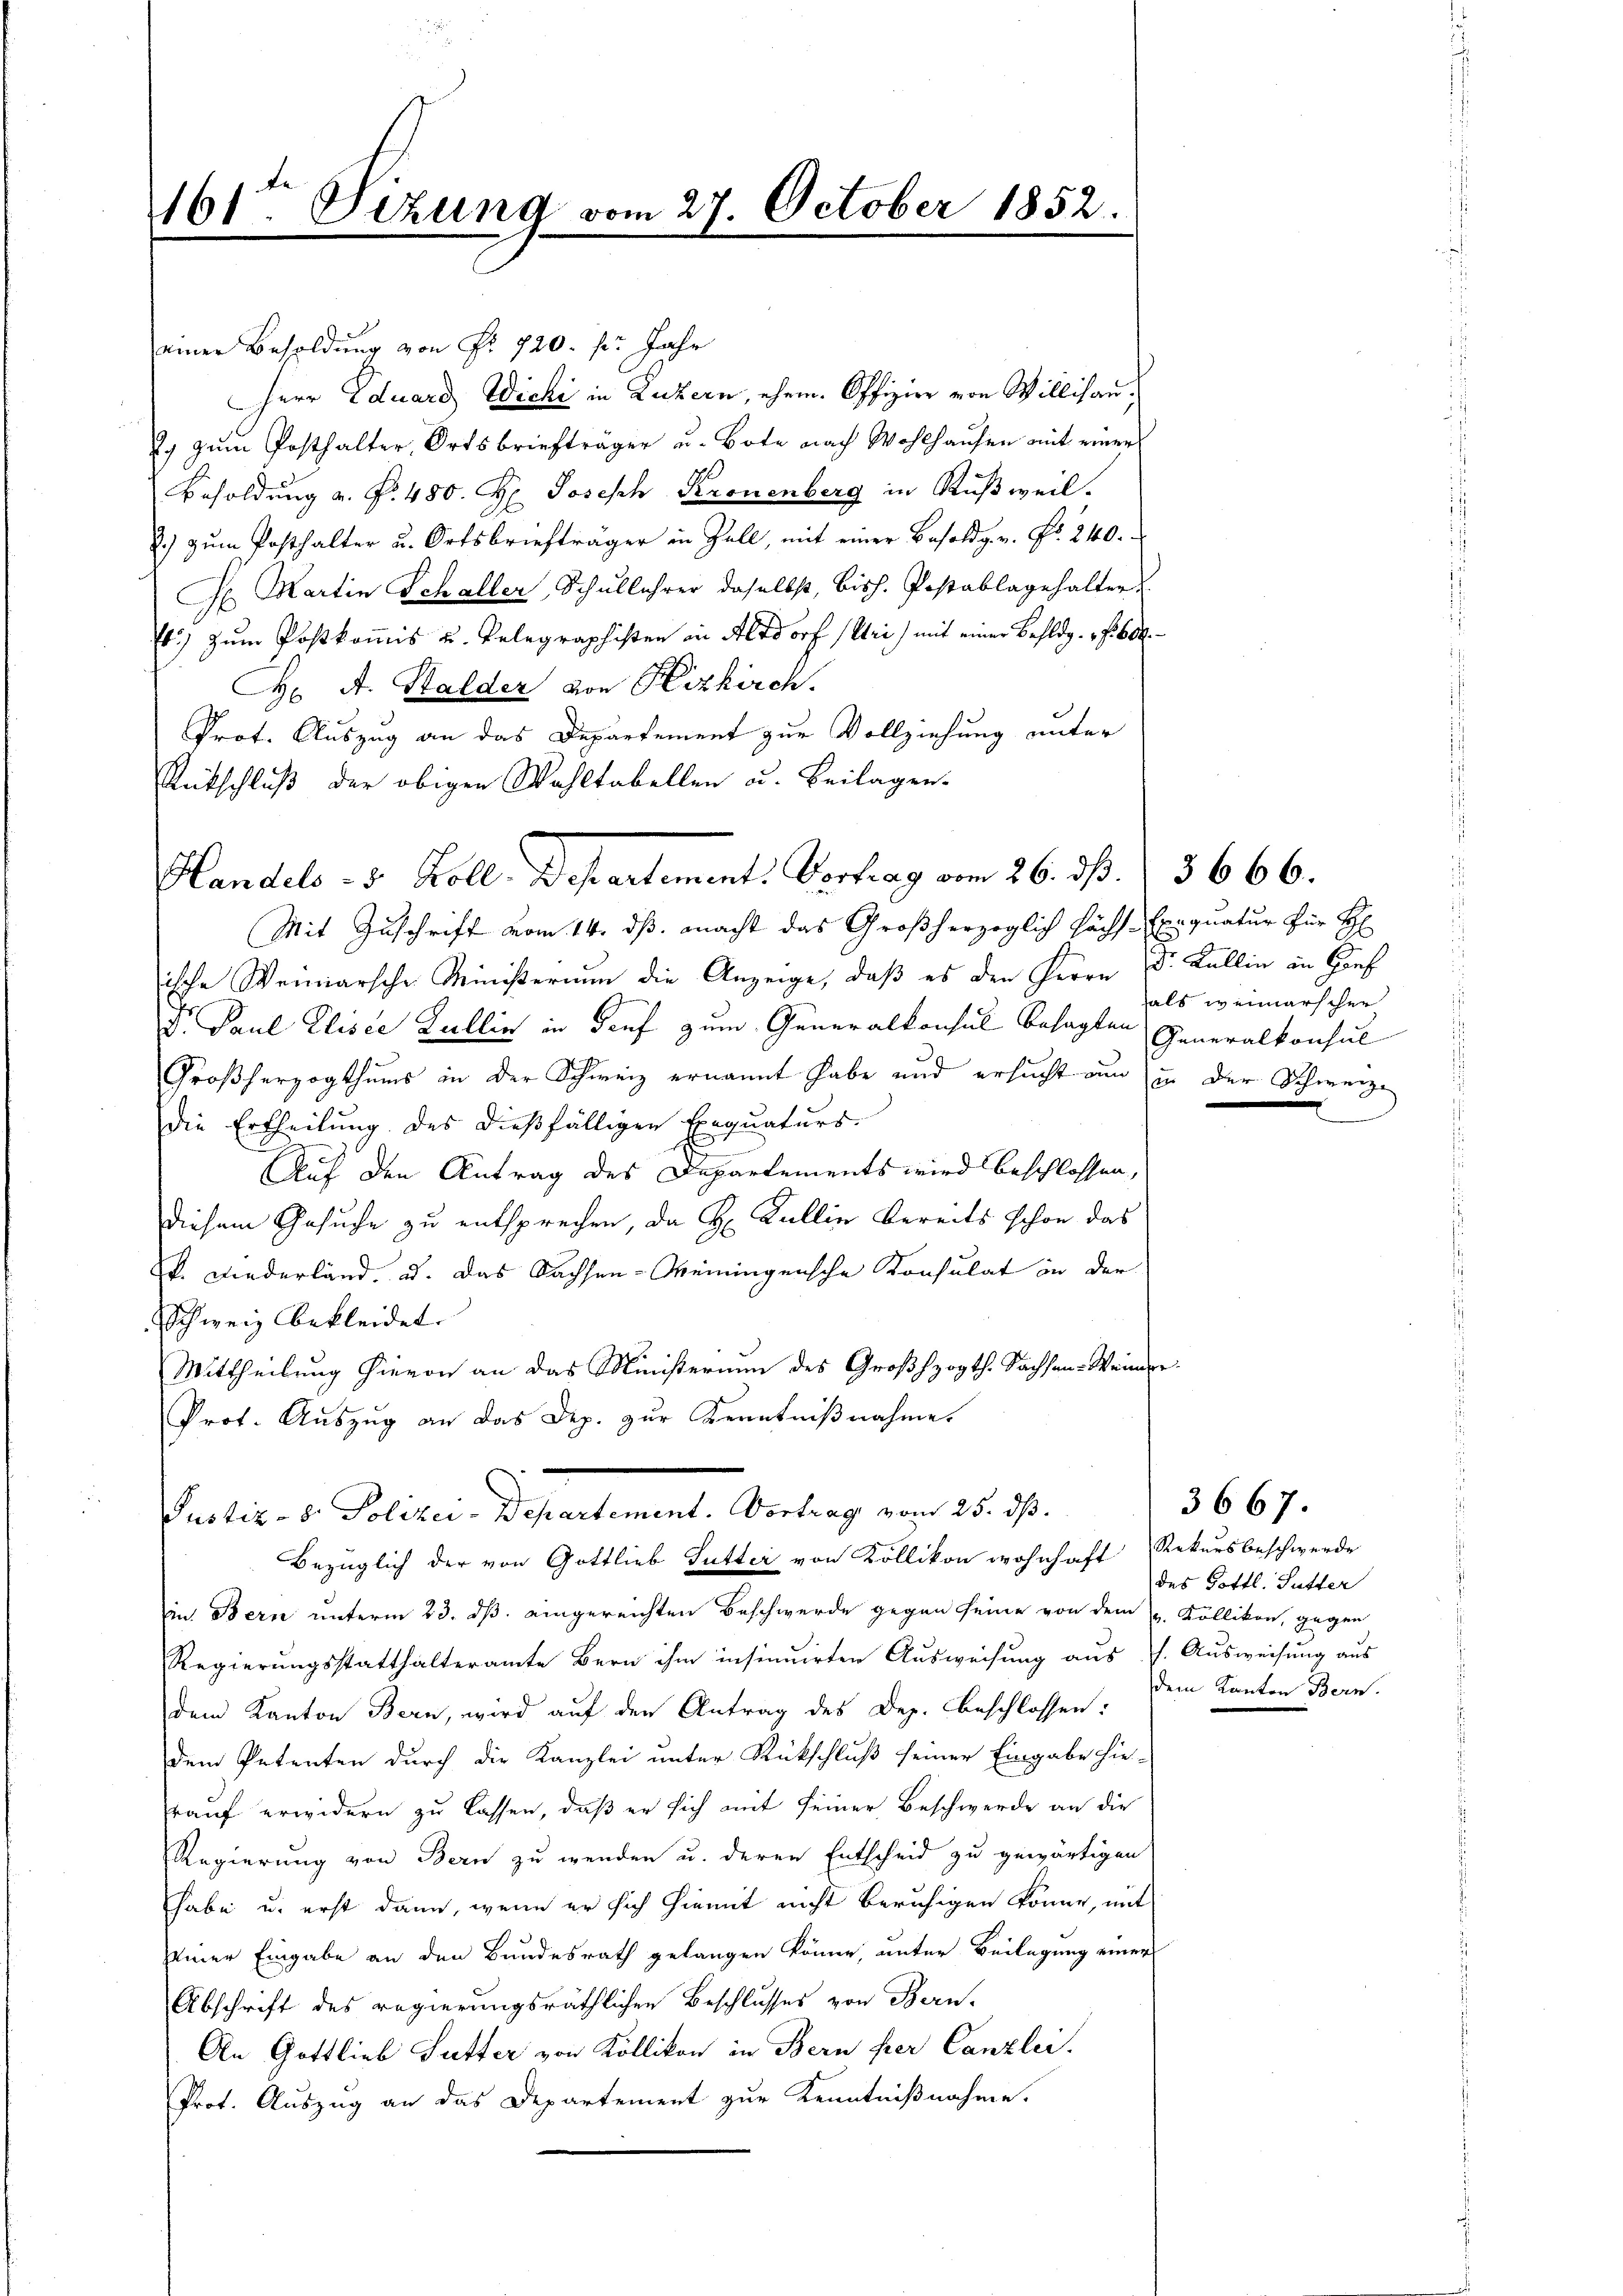
161ten Sezung vom 27. October 1852

einer Besoldung von Nr. 720. pr Jahr
Herr Eduard Wichi in Luzern, ehem. Offizier von Willisau,
2) zum Posthalter Ortsbriefträger u. Bote nach Wohlhausen mit einer
Besoldung v. P. 480. H. Joseph Kronenberg in Rußweil.
2.) zum Posthalter u. Ortsbriefträger in Zoll, mit einer Besoldg. v. Nr. 240.
H Martin Schaller, Schullehrer daselbst, bisch. Postablagehalter
.) zum Postkomis u. Pelegraphisten in Altdorf (Uri) mit einer Behldg. be
H A. Halder von Heizkirch
Prof. Auszug an das Departement zur Vollziehung unter
Rütschluß der obigen Wahltabellen u. Beilagen.
Mit Zuschrift vom 14. ds. macht das Großherzoglich Fäche Exequatur für H
ische Weimarsche Ministerium die Anzeige, daβ es den Herrn Dr. Kallin in Conf
F. Paul Eliser Zullin in Druf zum Generalkonsul besagten Generalkonsul
Großherzogthums in der Schweiz ernannt habe und ersucht nun in der Schweize
Die Ertheilung des dießfälligen Exequaturs-
Auf den Antrag des Departements wird beschlossen,
diesem Gesuche zu entsprechen, da H: Kallin bereits schon das
v. Wiederland, u. das Sachsen-Weiningensche Konsulat in der
Schweiz bekleidet.
Mittheilung hievon an das Ministerium des Großhzogth. Sachsen-Weinge
Prot. Auszug an das Dep. zur Kenntnißnahme.
Pustiz- & Polizei-Departement. Vortrag vom 25. ds.
Bezüglich der von Gottlieb Sutter von Kollikon wohnhaft Rekursbeschwerde
in Bern unterm 23. ds. eingereichten Beschwerde gegen seine von dem H. Köllikon, gegen
Regierungsstatthalteramte Bern ihm insinuirten Ausweisung aus 7. Ausweisung aus
dem Kanton Bern, wird auf den Antrag des Dez. beschlossen:
dem Petenten durch die Kanzlei unter Rückschluß seiner Eingabe hie-
rauf erwidern zu lassen, daß er sich mit seiner Beschwerde an die
Regierung von Bern zu werden u. deren Entscheid zu gewärtigen
habe u. erst dann, wenn er sich hiemit nicht beruhigen könne, mit
seiner Eingabe an den Bundesrath gelangen könne, unter Beilagung einer
Abschrift des regierungsräthlichen Beschlusses von Bern-
An Gottlieb Sutter von Köllikon in Bern per Canzlei.
Prot. Auszug an das Departement zur Kenntnißnahme.

Handels- u. Koll. Departement: Vortrag vom 26. dß. / 3666.

als weimarschen

des Gottl. Sutter
dem Kanton Bern.

3667.